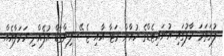
ފުރަތަމަ ހާފުގައި ޔުނައިޓެޑްގެ ހުއާން މަޓާ އާއި ޖެސޭ ލިންގާޑް އުފެއްދި ހަމަލާއެއް